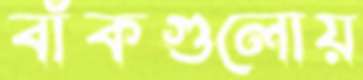
বাঁকগুলোয়